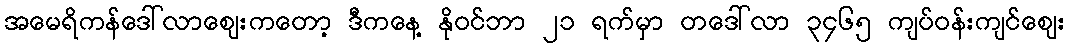
အမေရိကန်ဒေါ်လာဈေးကတော့ ဒီကနေ့ နိုဝင်ဘာ ၂၁ ရက်မှာ တဒေါ်လာ ၃၄၆၅ ကျပ်ဝန်းကျင်ဈေး